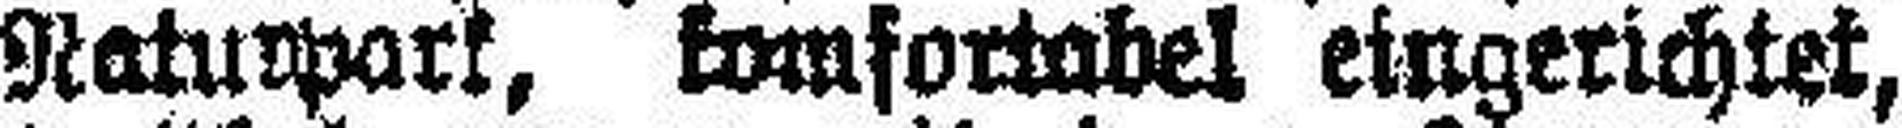
Naturpark, komfortabel eingerichtet,